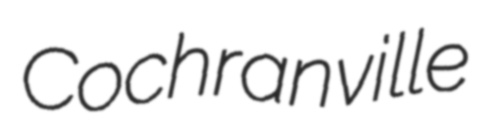
Cochranville